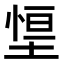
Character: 𭏃